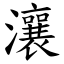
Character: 瀼